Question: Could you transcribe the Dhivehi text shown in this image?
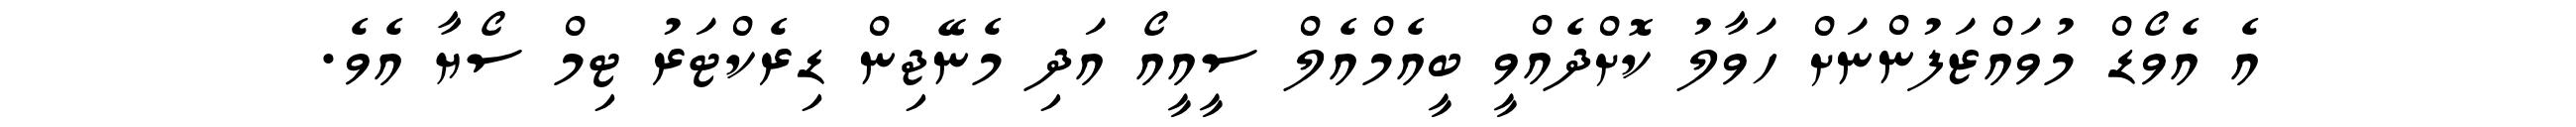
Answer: އެ އެވޯޑް މުވައްޒަފުންނަށް ހަވާލު ކޮށްދެއްވީ ބީއެމްއެލް ސީއީއޯ އަދި މެނޭޖިން ޑިރެކްޓަރު ޓިމް ސޯޔާ އެވެ.